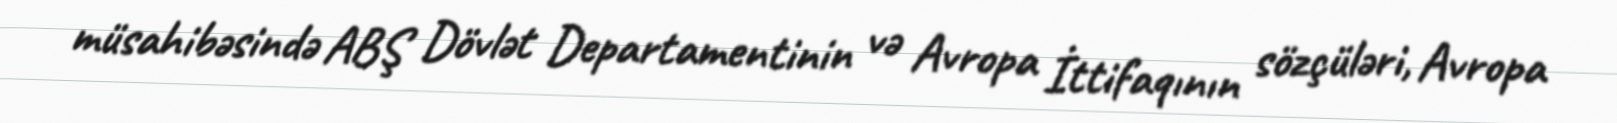
müsahibəsində ABŞ Dövlət Departamentinin və Avropa İttifaqının sözçüləri, Avropa